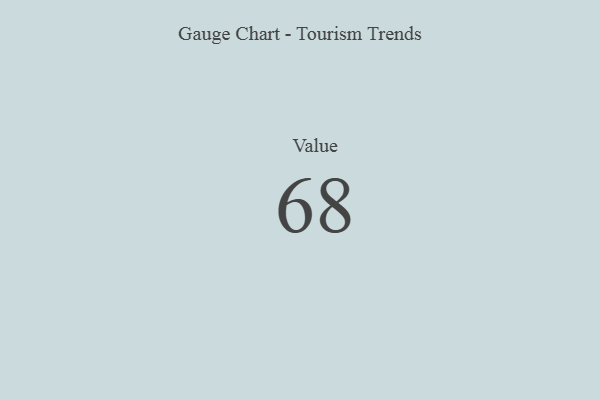
{"axis": {"x": "Metric", "y": "Value"}, "legend": [""], "data": [{"x": "Value", "y": 68, "type": ""}]}